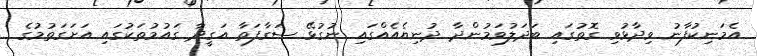
އެމަނިކުފާނު ވިދާޅުވި ގޮތުގައި ބަދަލުވަމުންދާ ދުނިޔެއެއްގައި ނުގުޅޭ ސަގާފަތާ އަގީދާ ގައުމުތަކުގައި އަށަގަތުމުގެ